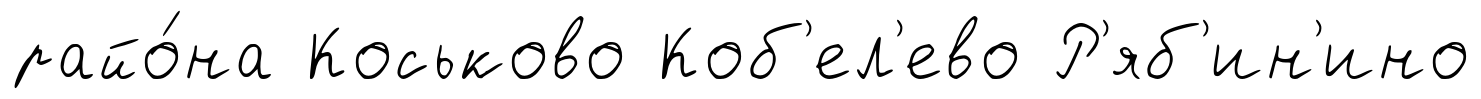
райо́на Коськово Коб'ел'ево Р'яб'ин'ино